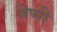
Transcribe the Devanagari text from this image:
नेप्पी